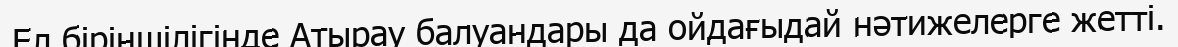
Ел біріншілігінде Атырау балуандары да ойдағыдай нәтижелерге жетті.